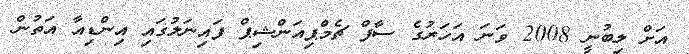
އަށް ލިބުނީ 2008 ވަނަ އަހަރުގެ ސާފް ޗެމްޕިއަންޝިޕް ފައިނަލުގައި އިންޑިއާ އަތުން